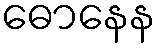
ဓောနေန